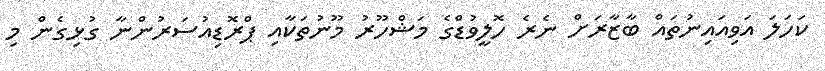
ކަހަލަ އަވިއައިނުތައް ބާޒާރަށް ނެރެ ހޮލީވުޑްގެ މަޝްހޫރު މޫނުތަކާއި ޕްރޮޑިއުސަރުންނާ ގުޅިގެން މި